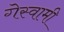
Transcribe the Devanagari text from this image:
गेस्वामी